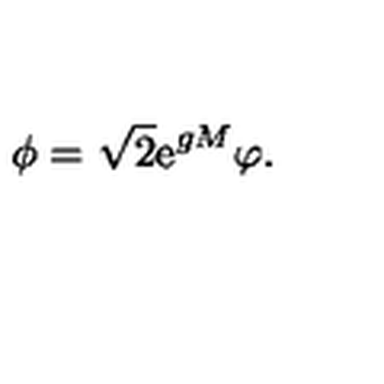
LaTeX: \phi = \sqrt { 2 } \mathrm { e } ^ { g M } \varphi .